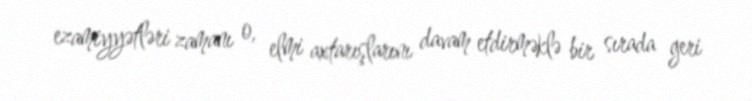
ezamiyyətləri zamanı o, elmi axtarışlarını davam etdirməklə bir sırada geri